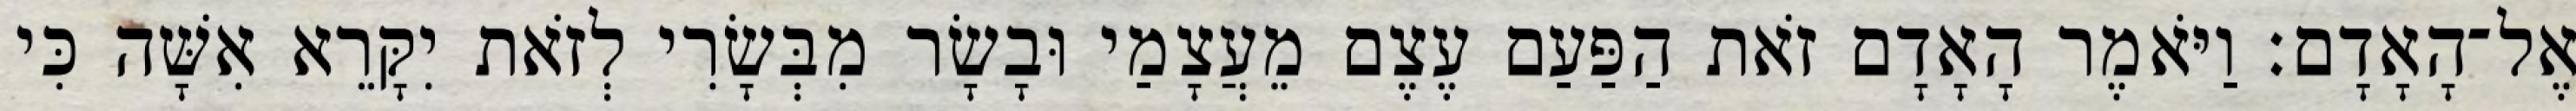
אֶל־הָאָדָם׃ וַיֹּאמֶר הָאָדָם זֹאת הַפַּעַם עֶצֶם מֵעֲצָמַי וּבָשָׂר מִבְּשָׂרִי לְזֹאת יִקָּרֵא אִשָּׁה כִּי